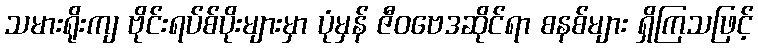
သမားရိုးကျ ဗိုင်းရပ်စ်ပိုးများမှာ ပုံမှန် ဇီဝဗေဒဆိုင်ရာ စနစ်များ ရှိကြသဖြင့်